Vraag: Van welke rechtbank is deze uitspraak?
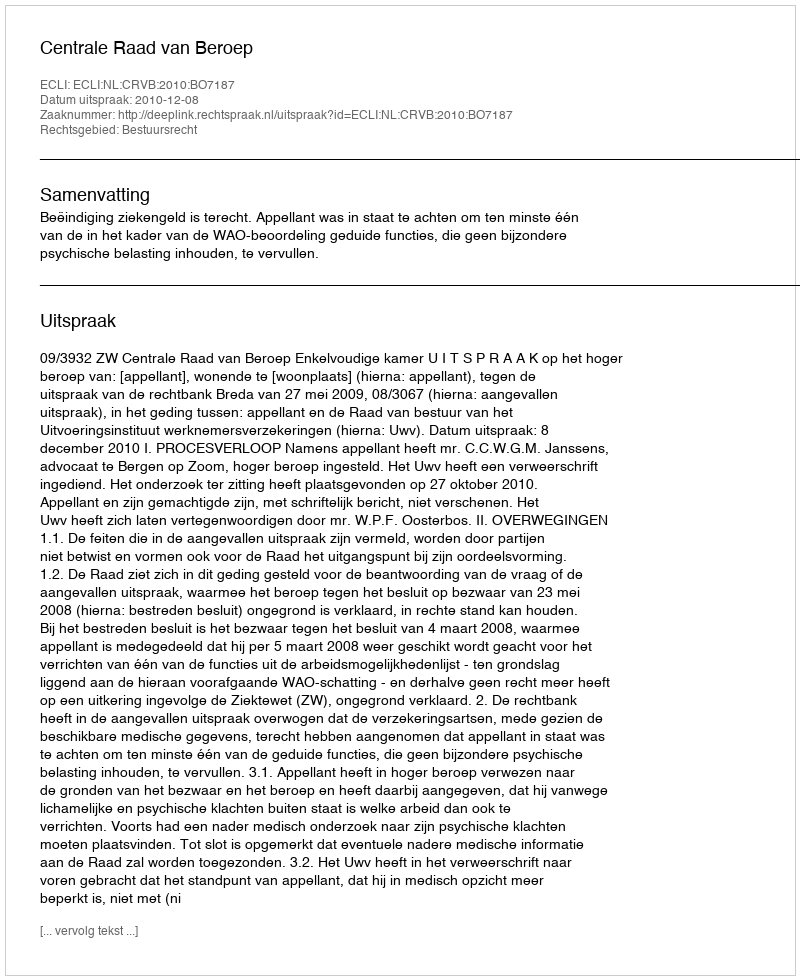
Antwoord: Centrale Raad van Beroep